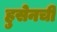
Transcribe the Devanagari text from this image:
हुसेनची